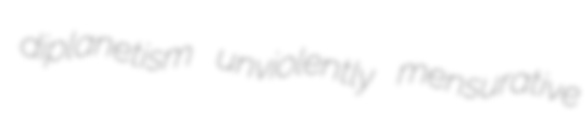
diplanetism unviolently mensurative